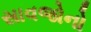
સાવજોનો